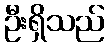
ဦးရှိသည်